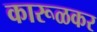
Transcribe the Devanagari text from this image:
कारूळकर